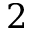
2